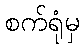
စက်ရုံမှ